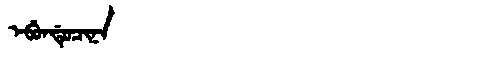
Manchu: ᡝᠪᡠᠨᡩᡠᠴᡳᠨᠠ
Romanization: EBUNDUCINA